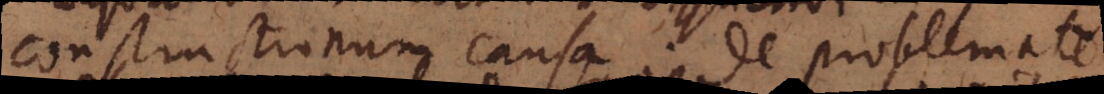
constructionum causa. De problemate